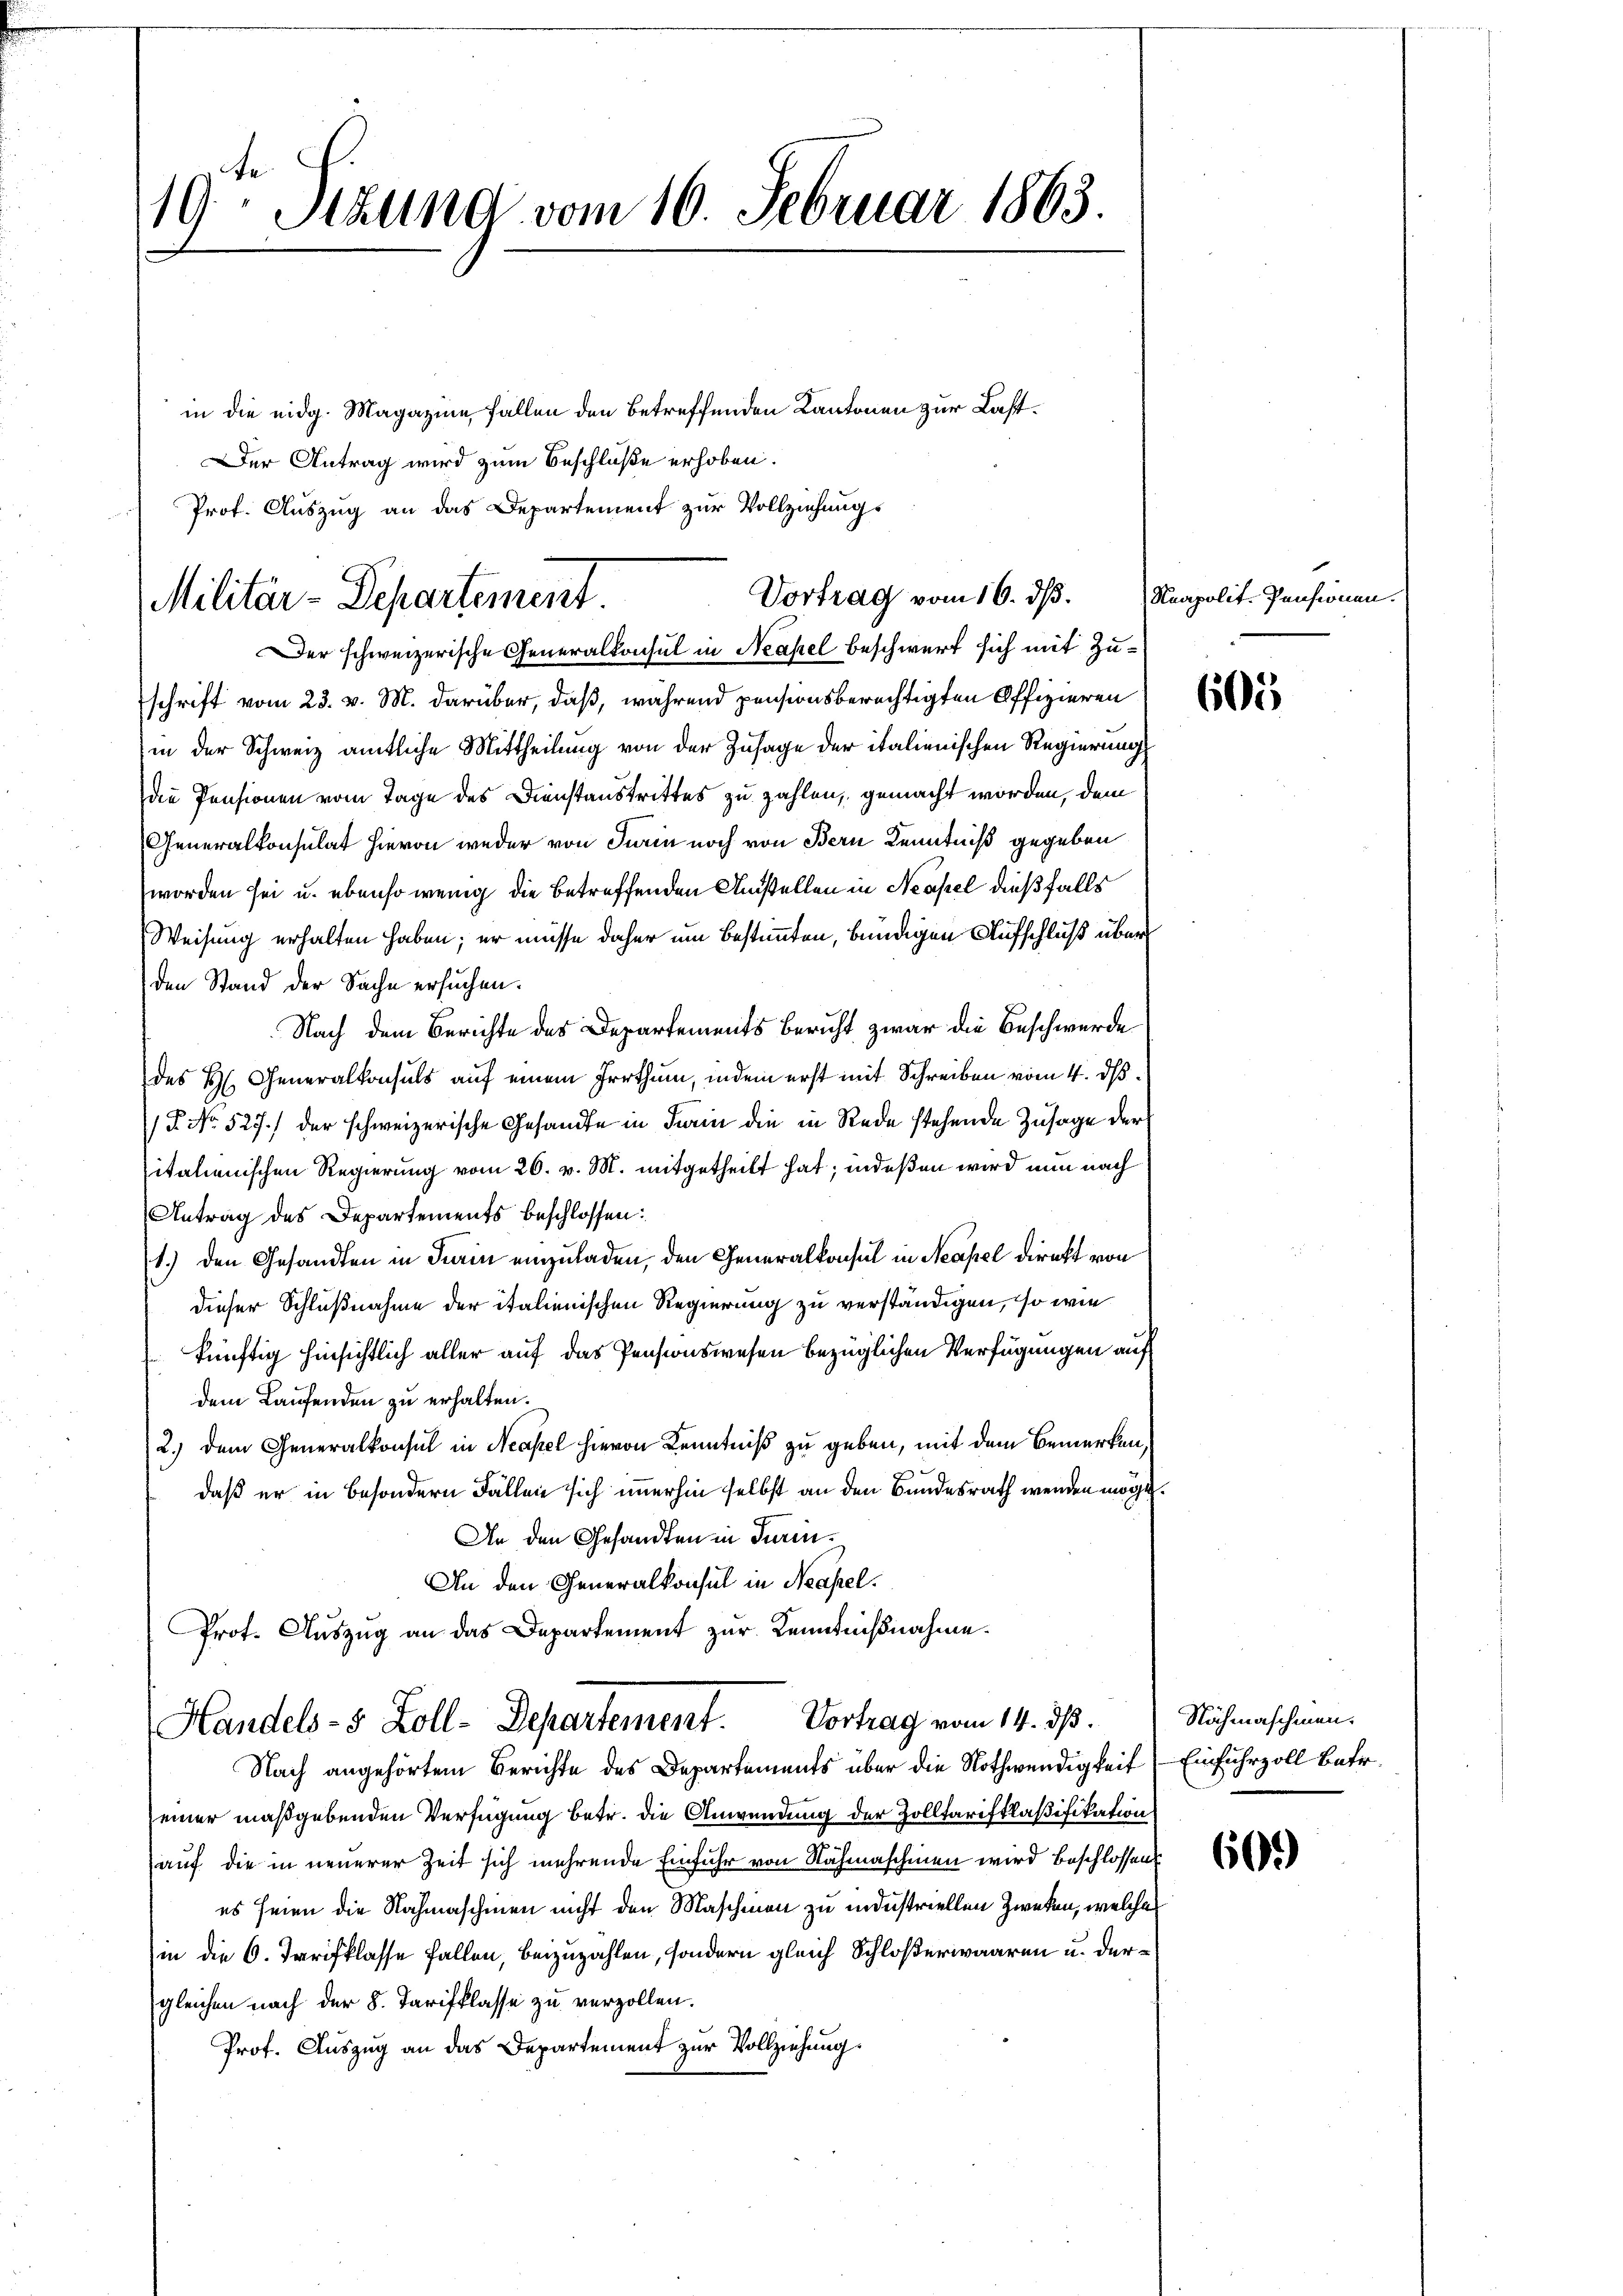
19 Stund vom 10. Februar 1863.

in die eidg. Magazine fallen den betreffenden Kantonen zur Last¬
Der Antrag wird zum Beschluße erhoben.
Prof. Auszug an das Departement zur Vollziehungs

Vortrag vom 16. ds.
Militär-Departement
Der schweizerische Generalkonsul in Neapel beschwert sich mit Zu¬

schrift vom 23. v. M. darüber, daß, während pensionsberechtigten Offizieren
(in der Schweiz amtliche Mittheilung von der Zusage der italienischen Regierung
die Pensionen vom Tage des Dienstanstrittes zu zahlen, gemacht worden, dem
Generalkonsulat hievon weder von Turin noch von Bern Kenntniß gegeben
worden sei u. ebenso wenig die betreffenden Anstellen in Neapel dießfalls
Weisung erhalten haben; er müsse daher um bestimmten, bündigen Aufschluß über
den Stand der Sache ersuchen.
Nach dem Berichte des Departements Bericht zwar die Beschwerde
des H. Generalkonsuls auf einem Irrthum, indem erst mit Schreiben vom 4. ds.
P No. 527.) der schweizerische Gesandte in darin die in Rede stehende Zusage der
italienischen Regierung vom 26. v. M. mitgetheilt hat; indeßen wird nun nach
Antrag des Departements beschlossen:
1.) den Gesandten in Turin einzuladen, den Generalkonsul in Neapel direkt von
dieser Schlußnahme der italienischen Regierung zu verständigen, so wie
künftig hinsichtlich aller auf das Pensionswesen bezüglichen Verfügungen auf
dem Laufenden zu erhalten.
2.) Dem Generalkonsul in Neapel hievon Kenntniß zu geben, mit dem Bemerken,
daß er in besondern Fällen sich immerhin selbst an den Bundesrath wenden möge.
An den Gesandten in Turin¬
An den Generalkonsul in Neapel.
Prot. Aŭszŭg an das Departement zur Kenntnißnahme.

Handels- 5 Zoll-Departement. Vortrag vom 14. ds.

Nach angehörtem Berichte des Departements über die Nothwendigkeit Einfuhrzoll Betr.
einer maßgebenden Verfügung betr. die Anwendung der Zolltarifklaßifikation
auf die in neuerer Zeit sich mehrende Einfuhr von Nähmaschinen wird beschlossen
es seien die Nachmaschinen nicht den Maschinen zu industriellen Zweken, welches
(in die 6. Tarifklasse fallen, beizuzahlen, sondern gleich Schloßerwaaren u. dergleichen nach der 8. Tarifklasse zu verzollen.
Prof. Auszug an das Departement zur Vollziehung

Reapolit. Pensionen.

605

Nähmaschinen.

60.)